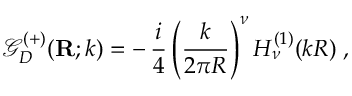
{ \mathcal G } _ { { D } } ^ { ( + ) } ( { \bf R } ; k ) = - \, \frac { i } { 4 } \left( \frac { k } { 2 \pi R } \right) ^ { \nu } H _ { \nu } ^ { ( 1 ) } ( k R ) \; ,